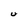
Character: U